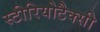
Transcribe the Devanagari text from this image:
स्टीरियोटैक्सी